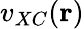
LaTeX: v_{XC}(\mathbf{r})